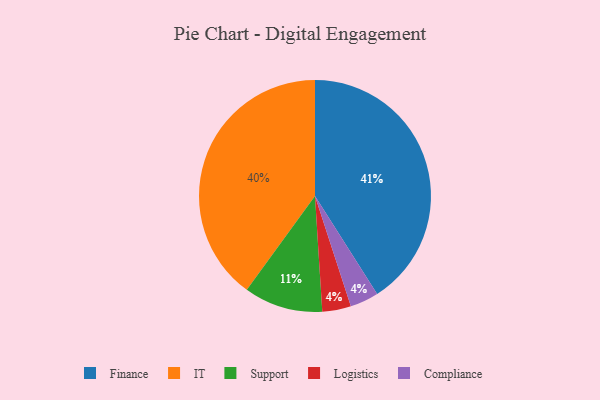
{"axis": {"x": "Category", "y": "Percentage"}, "legend": ["Compliance", "Finance", "IT", "Logistics", "Support"], "data": [{"x": "Finance", "y": 41, "type": "Finance"}, {"x": "IT", "y": 40, "type": "IT"}, {"x": "Logistics", "y": 4, "type": "Logistics"}, {"x": "Support", "y": 11, "type": "Support"}, {"x": "Compliance", "y": 4, "type": "Compliance"}]}